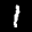
Label: 1